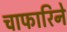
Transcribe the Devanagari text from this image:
चाफारिने